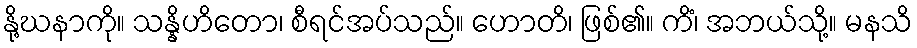
နို့ဃနာကို။ သန္နိဟိတော၊ စီရင်အပ်သည်။ ဟောတိ၊ ဖြစ်၏။ ကိံ၊ အဘယ်သို့။ မနသိ